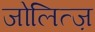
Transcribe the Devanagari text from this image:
जोलित्ज़